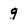
Character: 9